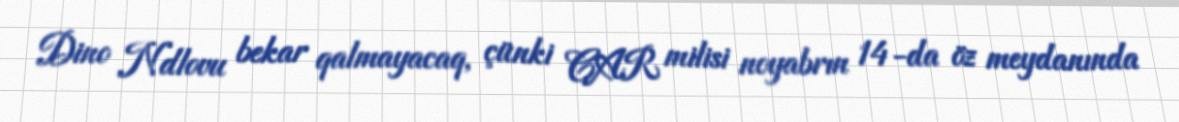
Dino Ndlovu bekar qalmayacaq, çünki CAR milisi noyabrın 14-da öz meydanında